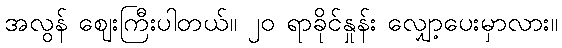
အလွန် ဈေးကြီးပါတယ်။ ၂၀ ရာခိုင်နှုန်း လျှော့ပေးမှာလား။